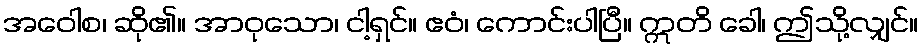
အဝေါစ၊ ဆို၏။ အာဝုသော၊ ငါ့ရှင်။ ဧဝံ၊ ကောင်းပါပြီ။ ဣတိ ခေါ၊ ဤသို့လျှင်။